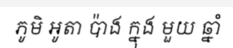
ភូមិ អូតា ប៉ាង ក្នុង មួយ ឆ្នាំ